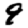
Digit: 9